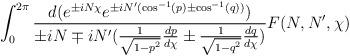
LaTeX: \begin{align*}\int_0^{2\pi} \frac{d(e^{\pm i N \chi }e^{\pm i N'(\cos^{-1}(p)\pm \cos^{-1}(q))})}{\pm i N \mp i N'(\frac{1}{\sqrt{1-p^2}}\frac{dp}{d\chi}\pm\frac{1}{\sqrt{1-q^2}}\frac{dq}{d\chi})} F(N,N',\chi)\end{align*}